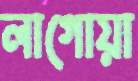
লাগোয়া